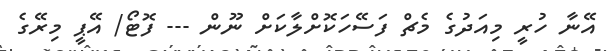
އޭނާ ހުރީ މިއަދުގެ މެޗް ފަސޭހަކޮށްލާކަށް ނޫން --- ފޮޓޯ/ އޭޕީ މިރޭގެ